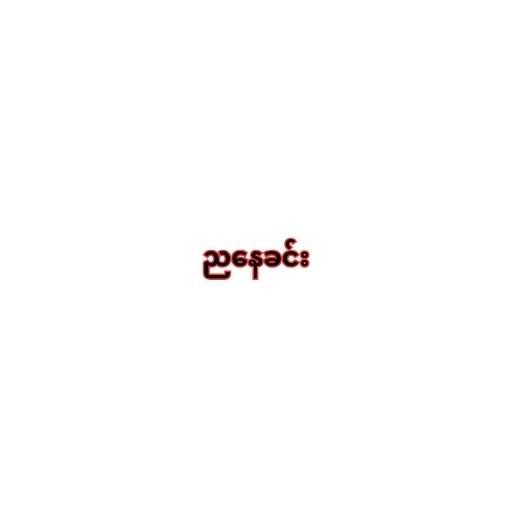
ညနေခင်း